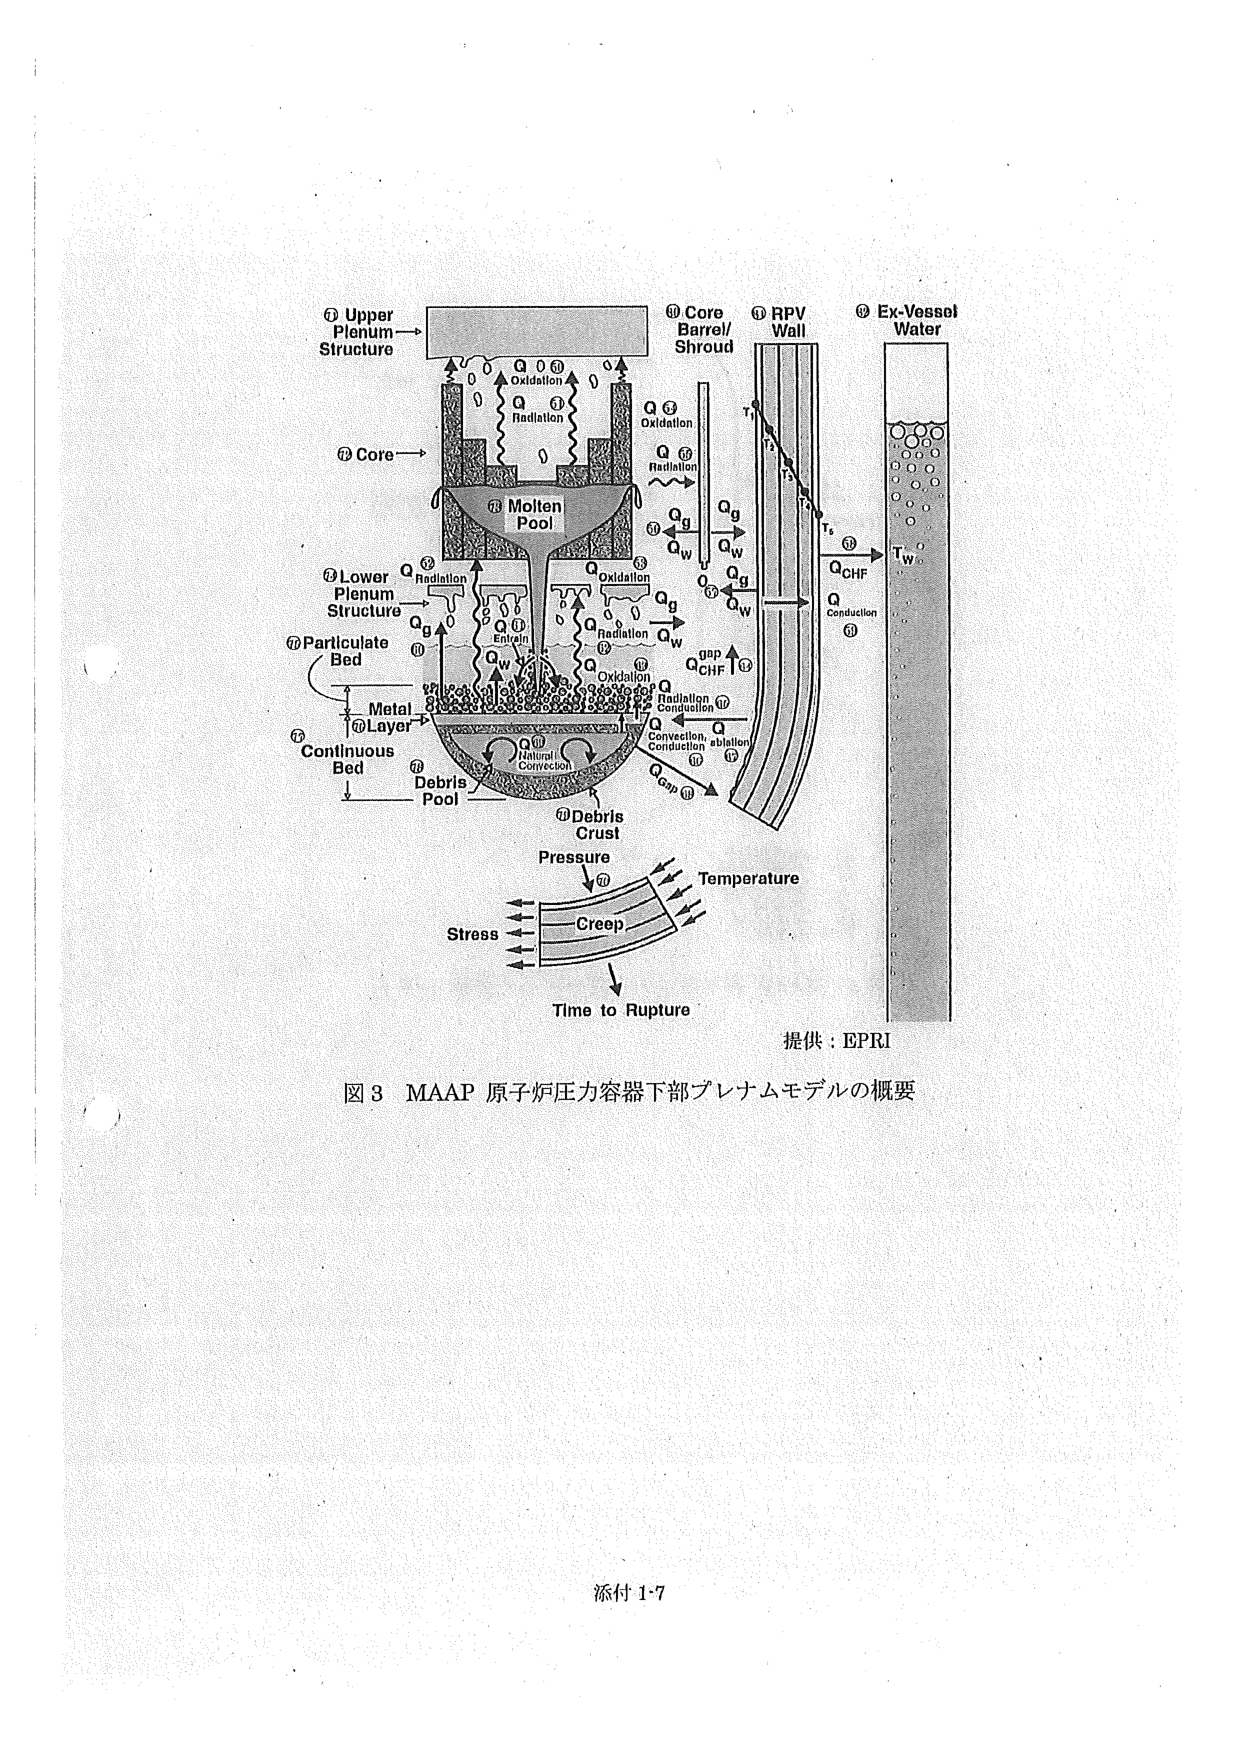
① Upper Plenum Structure
② Core
③ Lower Plenum Structure
④ Particulate Bed
⑤ Metal Layer
⑥ Continuous Bed
⑦ Debris Pool
⑧ Molten Pool
⑨ Core Barrel/Shroud
⑩ RPV Wall
⑪ Ex-Vessel Water
Q Radiation
Q Oxidation
Qg
Qw
Q CHF
Q Conduction
Q Natural Convection
Q Entrainment
Q Convection, ablation
Q Gap
Pressure
Temperature
Stress
Creep
Time to Rupture
提供：EPRI
図3 MAAP 原子炉圧力容器下部プレナムモデルの概要
添付1-7